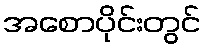
အစောပိုင်းတွင်